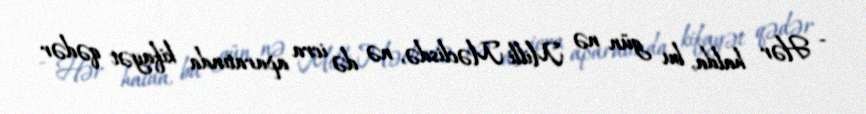
- Hər halda, bu gün nə Milli Məclisdə, nə də icra aparatında kifayət qədər